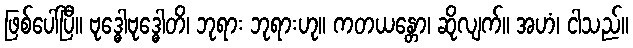
ဖြစ်ပေါ်ပြီ။ ဗုဒ္ဓေါဗုဒ္ဓေါတိ၊ ဘုရား ဘုရားဟု။ ကတယန္တော၊ ဆိုလျက်။ အဟံ၊ ငါသည်။